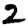
Digit: 2